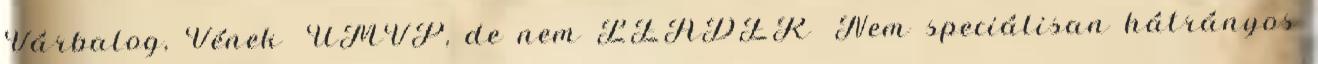
Várbalog, Vének ▪ÚMVP, de nem LEADER ▪Nem speciálisan hátrányos